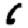
Digit: 6